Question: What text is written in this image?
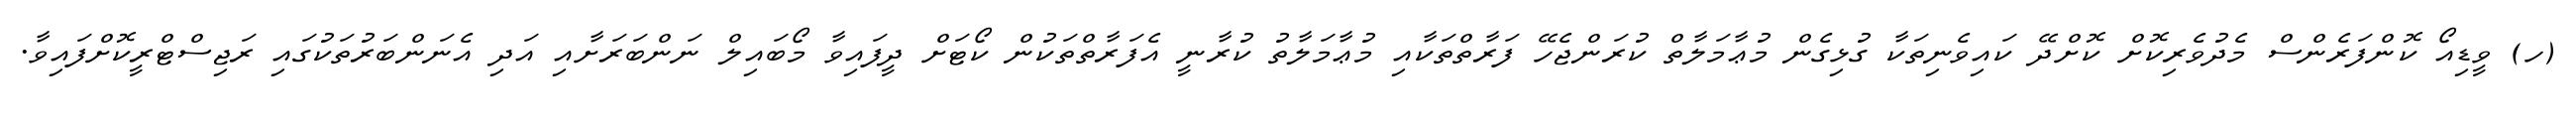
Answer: (ހ) ވީޑިއޯ ކޮންފަރެންސް މެދުވެރިކޮށް ކޮށްދޭ ކައިވެނިތަކާ ގުޅިގެން މުޢާމަލާތް ކުރަންޖެހޭ ފަރާތްތަކާއި މުޢާމަލާތު ކުރާނީ އެފަރާތްތަކުން ކޯޓަށް ދީފައިވާ މޯބައިލް ނަންބަރަށާއި އަދި އެނަންބަރުތަކުގައި ރަޖިސްޓްރީކޮށްފައިވާ.